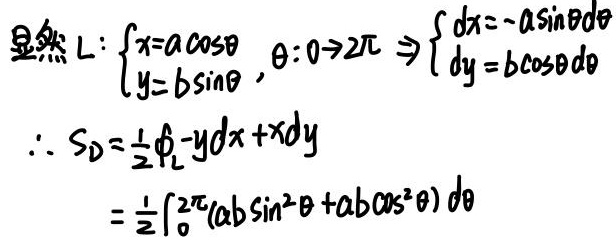
显然 \(L:\begin{cases}x = a\cos\theta\\y = b\sin\theta\end{cases},\theta:0\rightarrow 2\pi\Rightarrow\begin{cases}dx=-a\sin\theta d\theta\\dy = b\cos\theta d\theta\end{cases}\)
\(\therefore S_{D}=\frac{1}{2}\oint_{L}-y dx + x dy\)
\(=\frac{1}{2}\int_{0}^{2\pi}(ab\sin^{2}\theta+ab\cos^{2}\theta)d\theta\)